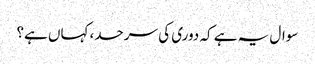
سوال یہ ہے کہ دوری کی سرحد، کہاں ہے؟